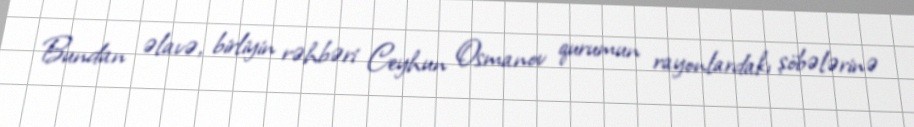
Bundan əlavə, birliyin rəhbəri Ceyhun Osmanov qurumun rayonlardakı şöbələrinə